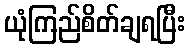
ယုံကြည်စိတ်ချရပြီး